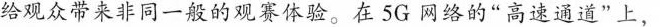
给观众带来非同一般的观赛体验。在 5G 网络的“高速通道”上，